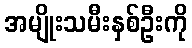
အမျိုးသမီးနှစ်ဦးကို